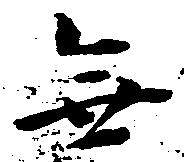
無